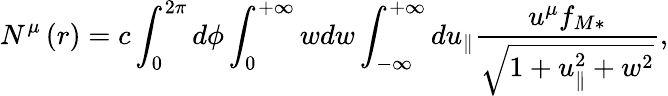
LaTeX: N^{\mu}\left(r\right)=c\int_{0}^{2\pi}d\phi\int_{0}^{+\infty}wdw\int_{-\infty}^{+\infty}du_{\parallel}\frac{u^{\mu}f_{M\ast}}{\sqrt{1+u_{\parallel}^{2}+w^{2}}},